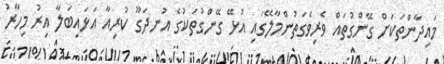
މައިދާންތަކަށް ގޭންގުތައް ވެރިވެގަތުންމާލޭގައި އުޅޭ ގޭންގުތަކުގެ އުނދަގޫ ކުރިއާ އަޅައިބަލާ އިރު މިހާރު